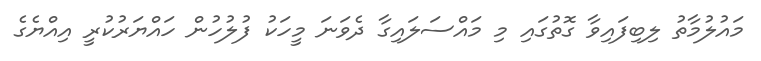
މައުލުމާތު ލިބިފައިވާ ގޮތުގައި މި މައްސަލައިގާ ދެވަނަ މީހަކު ފުލުހުން ހައްޔަރުކުރީ އިއްޔެގެ